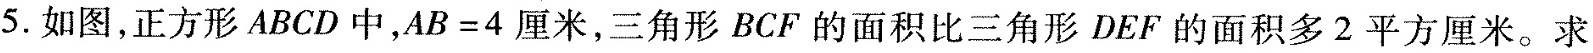
5.如图，正方形ABCD中，$$A B = 4$$厘米，三角形BCF的面积比三角形DEF的面积多2平方厘米。求